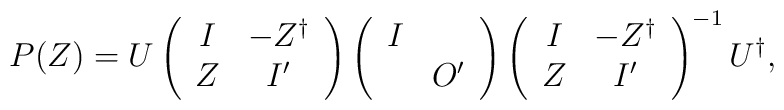
P(Z)=U         \left(           \begin{array}{cc}               I & -Z^{\dag}  \\               Z & I' \\            \end{array}         \right)           \left(           \begin{array}{cc}               I &     \\                 &  O' \\            \end{array}         \right)          \left(           \begin{array}{cc}               I & -Z^{\dag}  \\               Z & I' \\            \end{array}         \right)^{-1}  U^{\dag},